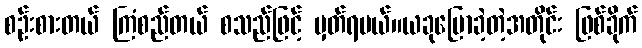
စဉ်းစားတယ် ကြံစည်တယ် စသည်ဖြင့် မှတ်ရမယ်။ယခုပြောခဲ့တဲ့အတိုင်း ဖြစ်ခိုက်